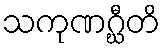
သကုဏဂ္ဃီတိ